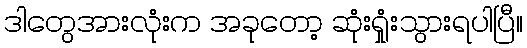
ဒါတွေအားလုံးက အခုတော့ ဆုံးရှုံးသွားရပါပြီ။